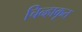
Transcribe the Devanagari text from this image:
चिन्हाकृत